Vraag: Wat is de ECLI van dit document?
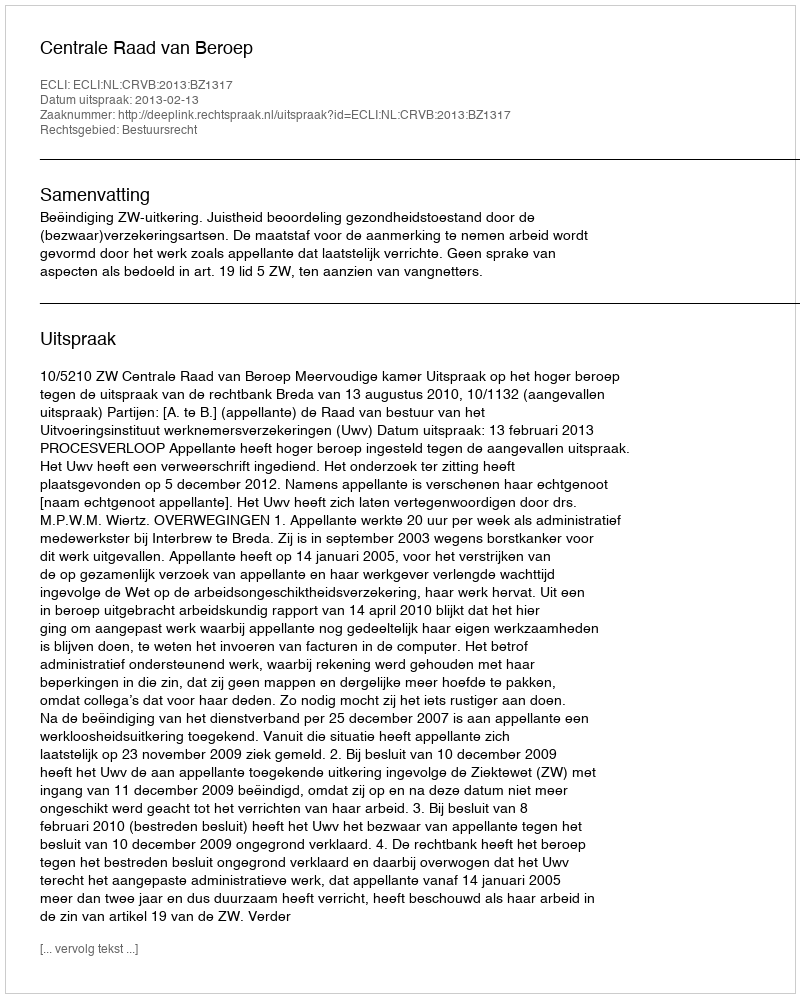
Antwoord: ECLI:NL:CRVB:2013:BZ1317